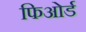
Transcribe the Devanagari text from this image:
फिओर्ड